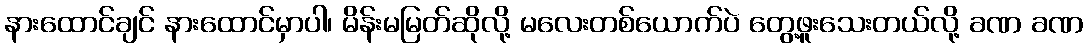
နားထောင်ချင် နားထောင်မှာပါ၊ မိန်းမမြတ်ဆိုလို့ မလေးတစ်ယောက်ပဲ တွေ့ဖူးသေးတယ်လို့ ခဏ ခဏ